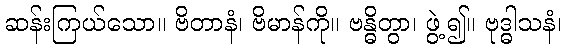
ဆန်းကြယ်သော။ ဗိတာနံ၊ ဗိမာန်ကို။ ဗန္ဓိတွာ၊ ဖွဲ့၍။ ဗုဒ္ဓါသနံ၊